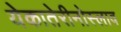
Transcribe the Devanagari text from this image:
येकातेरीनोस्लाव